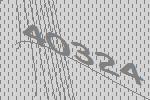
40324